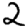
Digit: 2